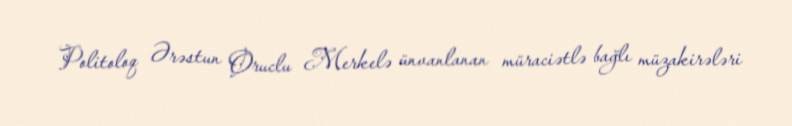
Politoloq Ərəstun Oruclu Merkelə ünvanlanan müraciətlə bağlı müzakirələri